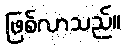
ဖြစ်လာသည်။